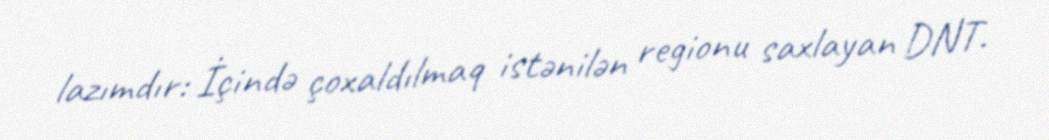
lazımdır: İçində çoxaldılmaq istənilən regionu saxlayan DNT.